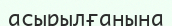
асырылғанына